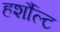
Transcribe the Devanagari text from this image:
हर्शौल्ट